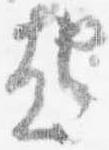
起